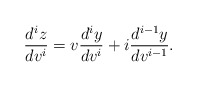
\begin{align*} \frac{d^{i}z}{dv^{i}}=v\frac{d^{i}y}{dv^{i}}+i\frac{d^{i-1}y}{dv^{i-1}}.\end{align*}